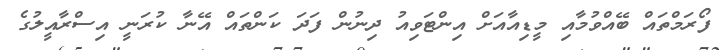
ފޯރަމްތައް ބޭއްވުމާއި މީޑިއާއަށް އިންޓަވިއު ދިނުން ފަދަ ކަންތައް އޭނާ ކުރަނީ އިސްރާއީލުގެ